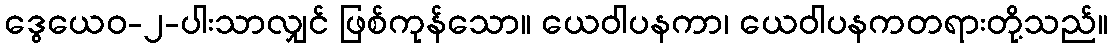
ဒွေယေဝ-၂-ပါးသာလျှင် ဖြစ်ကုန်သော။ ယေဝါပနကာ၊ ယေဝါပနကတရားတို့သည်။